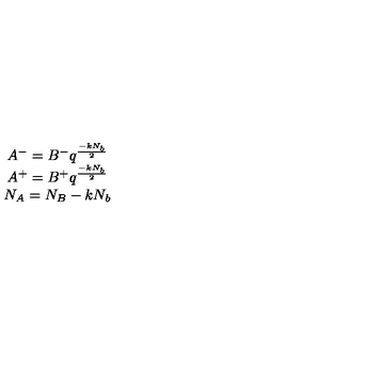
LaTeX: \begin{array} { c } { A ^ { - } = B ^ { - } q ^ { \frac { - k N _ { b } } { 2 } } } \\ { A ^ { + } = B ^ { + } q ^ { \frac { - k N _ { b } } { 2 } } } \\ { N _ { A } = N _ { B } - k N _ { b } } \\ \end{array}